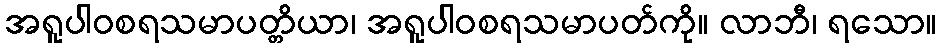
အရူပါဝစရသမာပတ္တိယာ၊ အရူပါဝစရသမာပတ်ကို။ လာဘီ၊ ရသော။